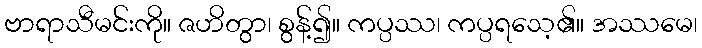
ဗာရာသီမင်းကို။ ဇဟိတွာ၊ စွန့်၍။ ကပ္ပဿ၊ ကပ္ပရသေ့၏။ အဿမေ၊